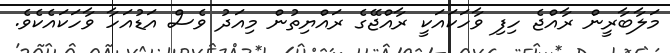
މަލާބާރީން ރާއްޖެ ހިފި ވާހަކައަކީ ރާއްޖޭގެ ރައްޔިތުން މިއަދު ވެސް އަޑުއަހާ ވާހަކައެކެވެ.